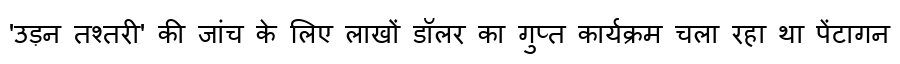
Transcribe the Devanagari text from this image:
'उड़न तश्तरी' की जांच के लिए लाखों डॉलर का गुप्त कार्यक्रम चला रहा था पेंटागन